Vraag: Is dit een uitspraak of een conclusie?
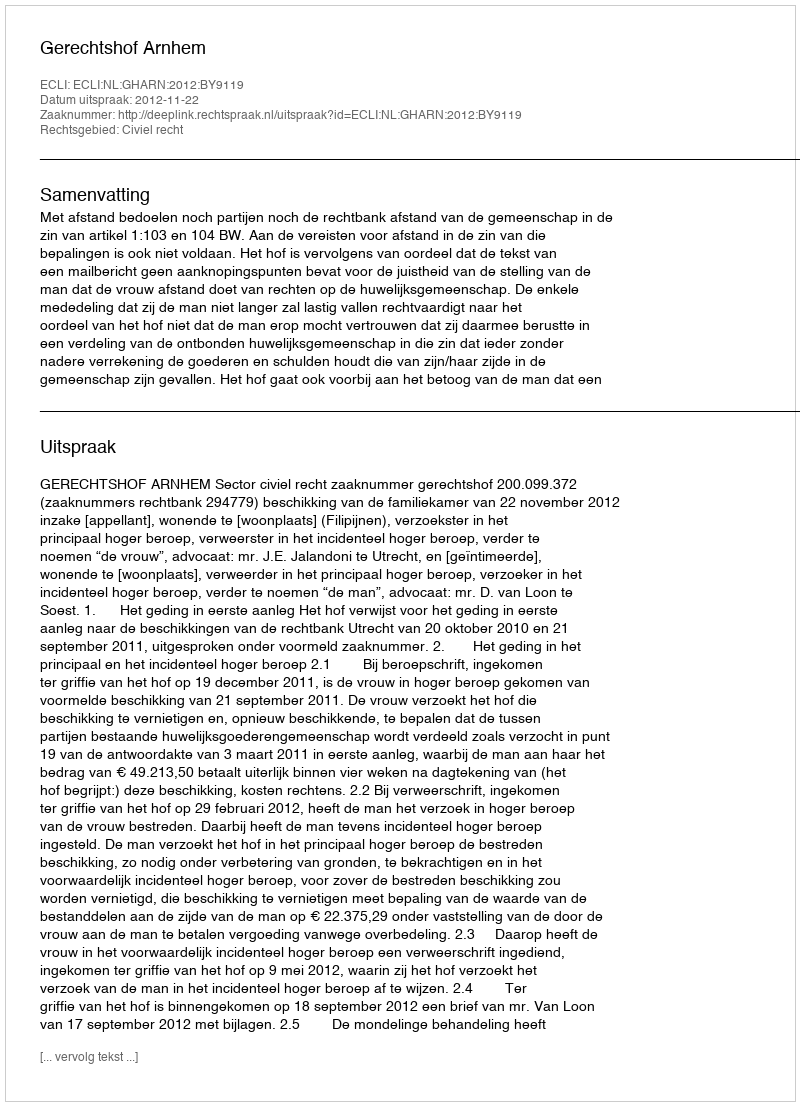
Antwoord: Uitspraak